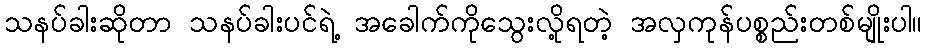
သနပ်ခါးဆိုတာ သနပ်ခါးပင်ရဲ့ အခေါက်ကိုသွေးလို့ရတဲ့ အလှကုန်ပစ္စည်းတစ်မျိုးပါ။